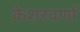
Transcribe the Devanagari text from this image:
केशरवर्णा